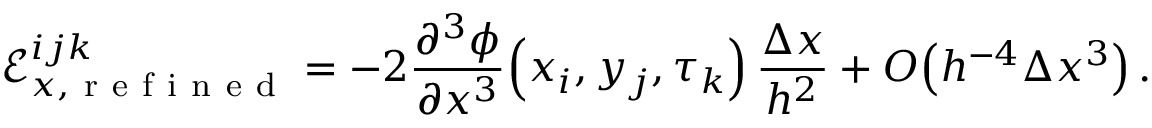
\mathcal { E } _ { x , \mathrm { ~ r ~ e ~ f ~ i ~ n ~ e ~ d ~ } } ^ { i j k } = - 2 \frac { \partial ^ { 3 } \phi } { \partial x ^ { 3 } } \! \left( x _ { i } , y _ { j } , \tau _ { k } \right) \frac { \Delta x } { h ^ { 2 } } + O \! \left( h ^ { - 4 } \Delta x ^ { 3 } \right) .